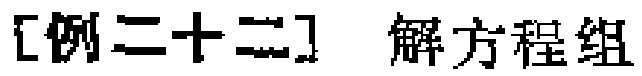
[例二十二] 解方程组